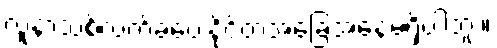
လူနာသစ်လက်ခံပေးနိုင်တဲ့အခြေအနေမရှိပါဘူး။